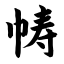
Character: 帱